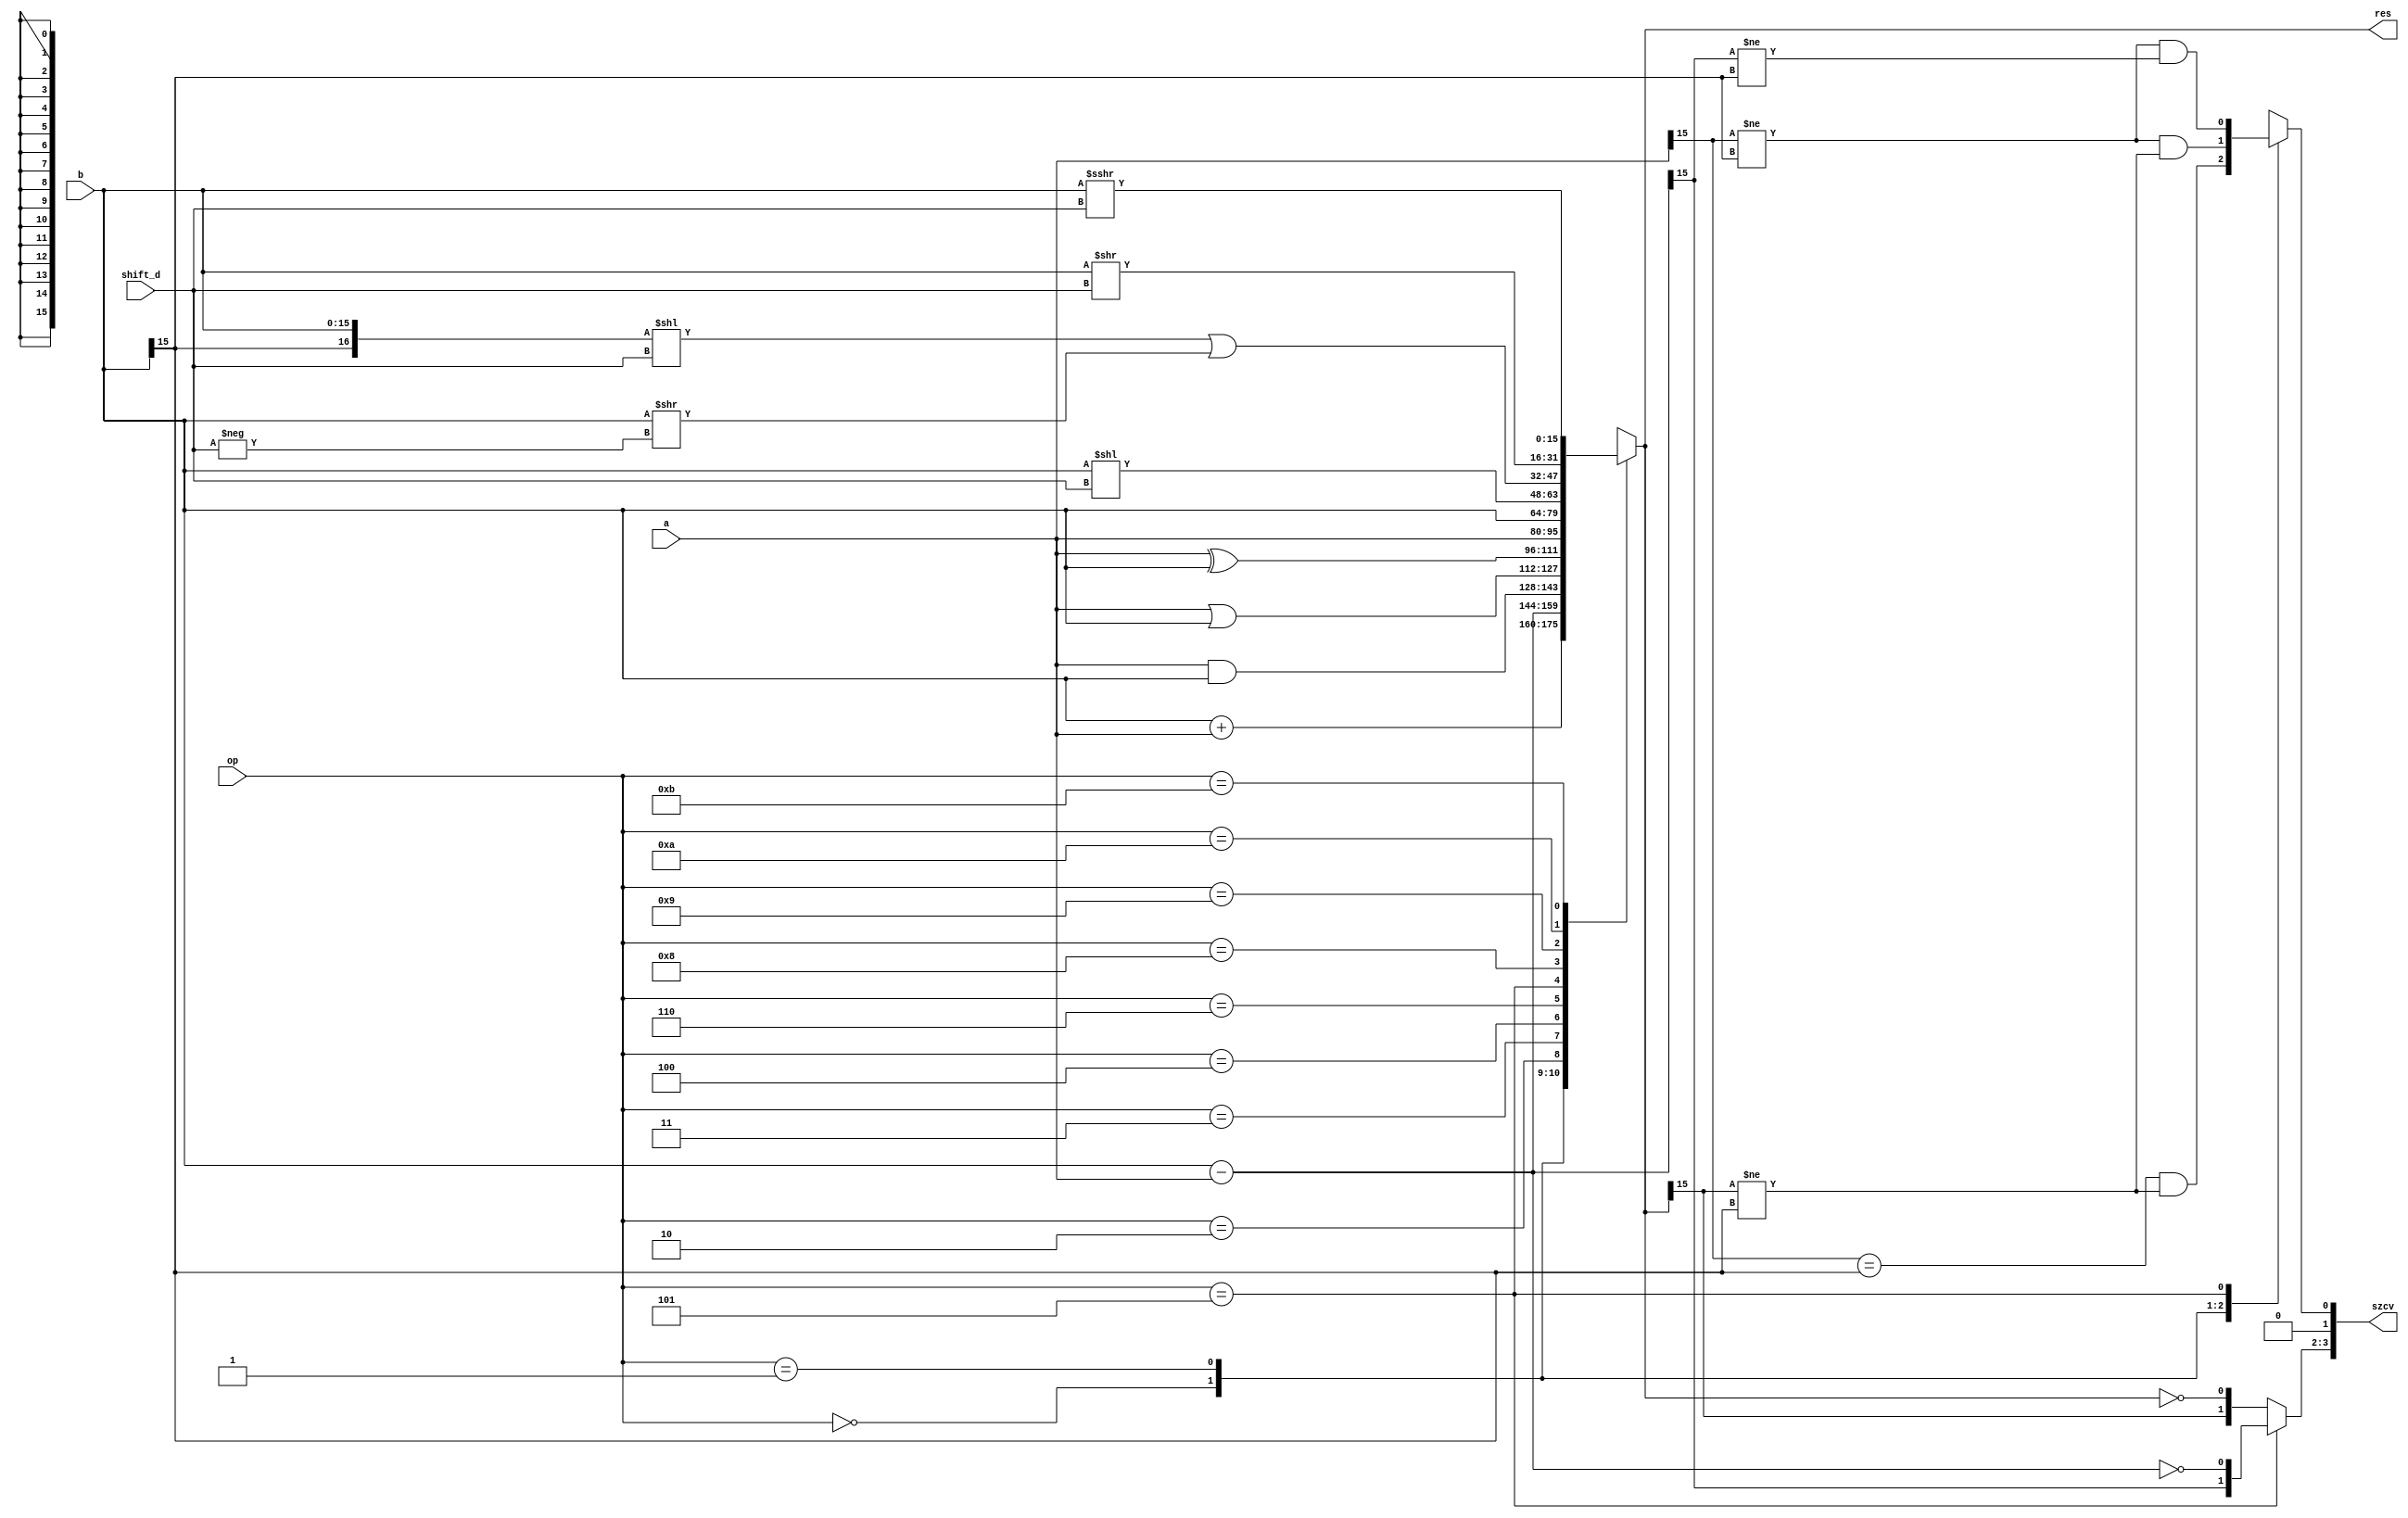
module alu_shifter(
  input signed [15:0] a, b, 
  input [3:0] shift_d,
  input [3:0] op,
  output signed [15:0] res,
  output [3:0] szcv
  );
  function signed [16:0] alu_res;
    input [3:0] op;
    input [3:0] d;
    input signed [16:0] a, b;
  begin
    case (op)
      4'b0000: alu_res = b + a; // ADD
      4'b0001: alu_res = b - a; // SUB
      4'b0010: alu_res = a & b; // AND
      4'b0011: alu_res = a | b; // OR
      4'b0100: alu_res = a ^ b; // XOR
      
      4'b0110: alu_res = a;     // MOV
      4'b0101: alu_res = b;     // CMP
      
      4'b1000: begin // SLL: Shift left logical
        alu_res = b << shift_d;
      end
      4'b1001: begin // SLR: Shift left rotate
        alu_res = (b << shift_d) | {1'd0, (b[15:0] >> -shift_d)};
      end
      4'b1010: begin // SRL: Shift right logical
        alu_res = b[15:0] >> shift_d;
      end
      4'b1011: begin // SRA: Shift right arithmetic
        alu_res = b >>> shift_d;
      end
      default: alu_res = 16'hXXXX;
    endcase
  end
  endfunction
  
  wire [17:0] alu_res_ = alu_res(op, shift_d, {a[15], a}, {b[15], b});
    
  assign res = alu_res_[16:0];
  
  function alu_v;
    input [3:0] op;
    input signed [15:0] a, b, res, ba;
  begin
    case (op)
      4'b0000: begin // ADD
        alu_v = (a[15] == b[15]) & (res[15] != b[15]);
      end
      4'b0001: begin // SUB
        alu_v = (a[15] != b[15]) & (res[15] != b[15]);
      end
      4'b0101: begin // CMP
        alu_v = (a[15] != b[15]) & (ba[15] != b[15]);
      end
      default: alu_v = 1'bx;
    endcase
  end
  endfunction
  
  assign szcv[0] = alu_v(op, a, b, res, b - a);
  
  function [1:0] alu_sz;
    input [3:0] op;
    input signed [15:0] a, b, res, ba;
  begin
    if (op == 4'b0101 /*CMP*/) begin
      alu_sz = {ba[15] == 1,  // S: if negative
                ba == 0}; // Z: if equal to zero
    end else begin
      alu_sz = {res[15] == 1,  // S: if negative
                res == 0}; // Z: if equal to zero
    end
  end
  endfunction
  
  assign szcv[3:2] = alu_sz(op, a, b, res, b - a);
  
  assign szcv[1] = 1'b0; // TODO: C
endmodule